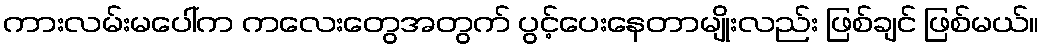
ကားလမ်းမပေါ်က ကလေးတွေအတွက် ပွင့်ပေးနေတာမျိုးလည်း ဖြစ်ချင် ဖြစ်မယ်။